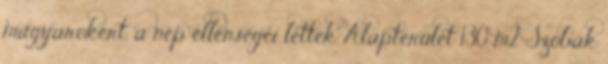
magyarokért, a nép ellenségei lettek Alapterület 130 m2 Szobák